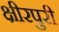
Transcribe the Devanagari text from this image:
क्षीरपुरी